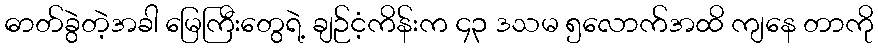
ဓာတ်ခွဲတဲ့အခါ မြေကြီးတွေရဲ့ ချဉ်ငံ့ကိန်းက ၄၃ ဒသမ ၅လောက်အထိ ကျနေ တာကို